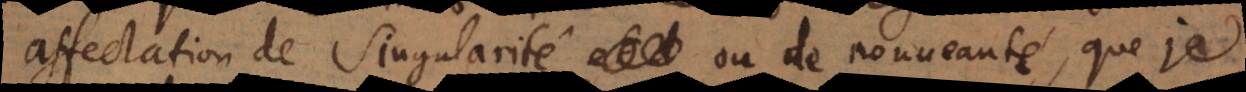
affectation de singularité ou de nouveauté, que je